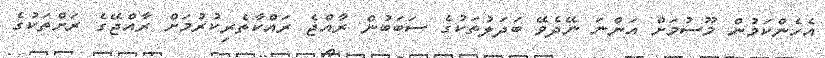
އެހެންކަމުން މޫސުމަށް އަންނަ ނޭދެވޭ ބަދަލުތަކުގެ ސަބަބުން ރާއްޖެ ރައްކާތެރިކުރުމަށް ރާއްޖޭގެ ރަށްތަކުގެ